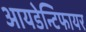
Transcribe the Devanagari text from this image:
आयडेन्टिफायर